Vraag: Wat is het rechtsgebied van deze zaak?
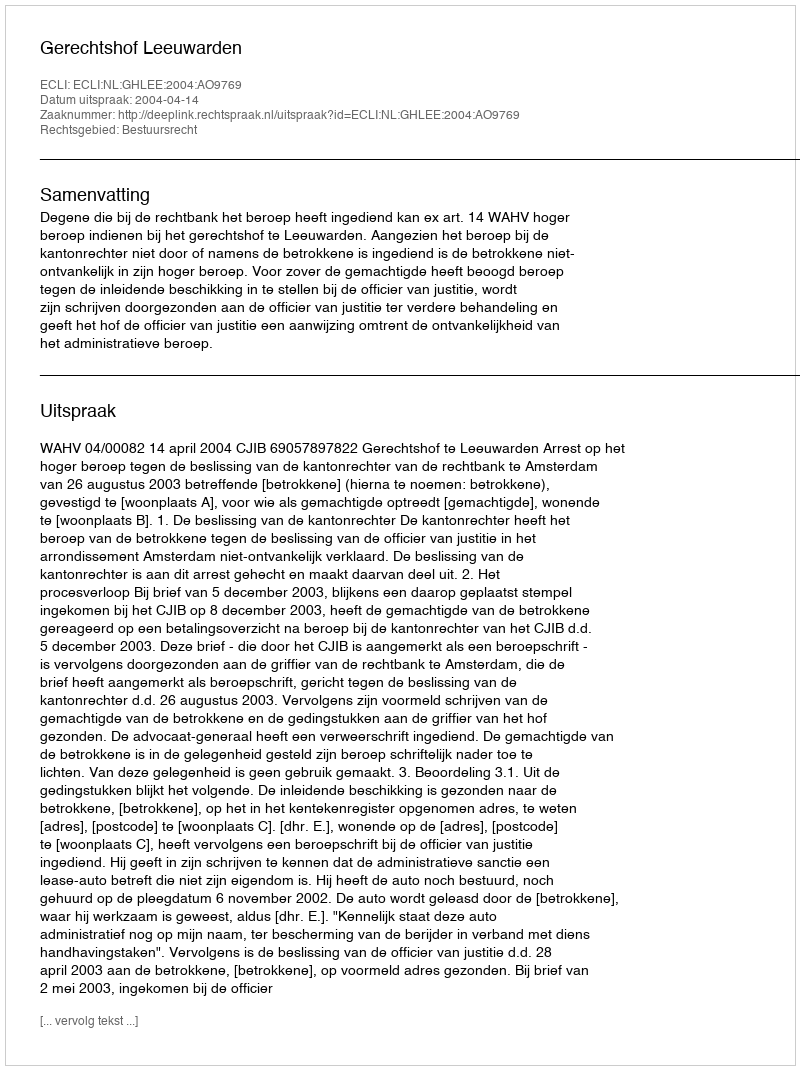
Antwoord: Bestuursrecht